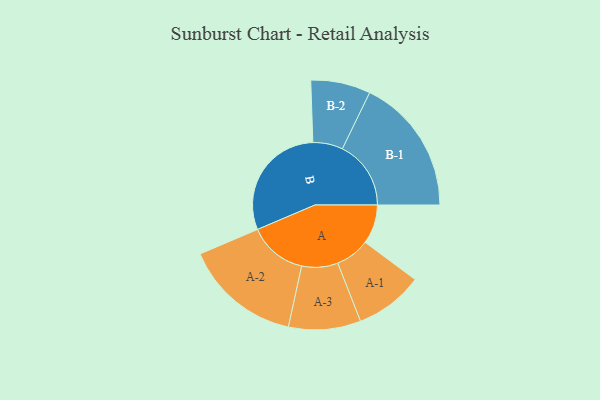
{"axis": {"x": "Segment", "y": "Value"}, "legend": ["", "A", "B"], "data": [{"x": "A", "y": 163, "type": ""}, {"x": "B", "y": 494, "type": ""}, {"x": "A-1", "y": 142, "type": "A"}, {"x": "A-2", "y": 243, "type": "A"}, {"x": "A-3", "y": 150, "type": "A"}, {"x": "B-1", "y": 285, "type": "B"}, {"x": "B-2", "y": 124, "type": "B"}]}